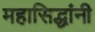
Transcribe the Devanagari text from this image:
महासिद्धांनी